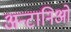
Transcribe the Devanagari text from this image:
अन्टानिओ